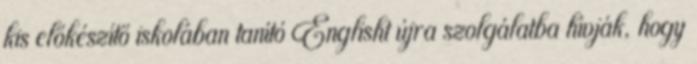
kis előkészítő iskolában tanító Englisht újra szolgálatba hívják, hogy